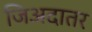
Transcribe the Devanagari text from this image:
जिअदातर